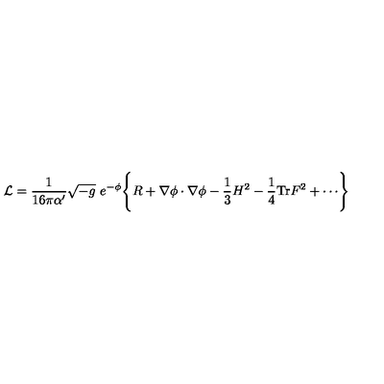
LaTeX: { \cal L } = \frac { 1 } { 1 6 \pi \alpha ^ { \prime } } \sqrt { - g } \ e ^ { \mathrm { - \phi } } \Biggl \{ R + \nabla \phi \cdot \nabla \phi - { \frac { 1 } { 3 } } H ^ { 2 } - \frac { 1 } { 4 } \mathrm { T r } F ^ { 2 } + \cdots \Biggr \}